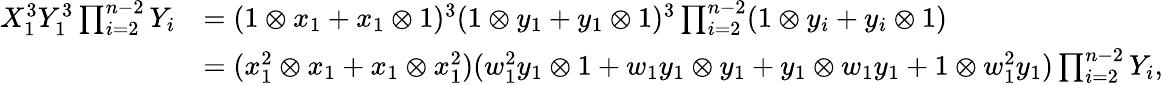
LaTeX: \begin{array}{rl}{X_{1}^{3}Y_{1}^{3}\prod_{i=2}^{n-2}Y_{i}}&{=(1\otimes x_{1}+x_{1}\otimes 1)^{3}(1\otimes y_{1}+y_{1}\otimes 1)^{3}\prod_{i=2}^{n-2}(1\otimes y_{i}+y_{i}\otimes 1)}\\ &{=(x_{1}^{2}\otimes x_{1}+x_{1}\otimes x_{1}^{2})(w_{1}^{2}y_{1}\otimes 1+w_{1}y_{1}\otimes y_{1}+y_{1}\otimes w_{1}y_{1}+1\otimes w_{1}^{2}y_{1})\prod_{i=2}^{n-2}Y_{i},}\end{array}